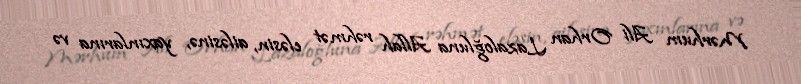
Mərhum Ali Orhan Lazaloğluna Allah rəhmət eləsin, ailəsinə, yaxınlarına və